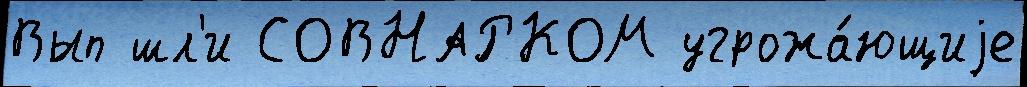
Вып шл'и СОВНАРКОМ угрожа́ющиjе